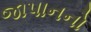
જાપાનનો